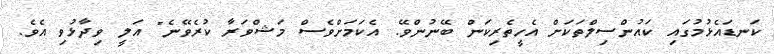
ކަނޑައެޅުމުގައި ކައުންސިލްތަކަށް އެހީތެރިކަން ބޭނުންވޭ. އެކަމަށްވެސް މަޝްވަރާ ކުރެވޭނެ" އަލީ ވިދާޅުވި އެވެ.